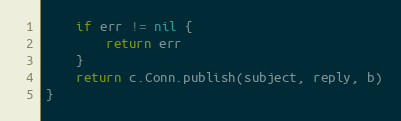
Language: Go
	if err != nil {
		return err
	}
	return c.Conn.publish(subject, reply, b)
}